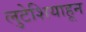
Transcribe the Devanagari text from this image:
लुटेशियाहून